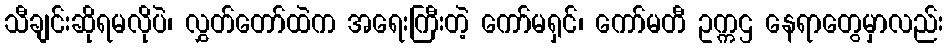
သီချင်းဆိုရမလိုပဲ၊ လွှတ်တော်ထဲက အရေးကြီးတဲ့ ကော်မရှင်၊ ကော်မတီ ဥက္ကဌ နေရာတွေမှာလည်း